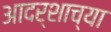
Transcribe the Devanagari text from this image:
आदर्शाच्या